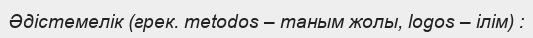
Əдістемелік (грек. metodos – таным жолы, logos – ілім) :